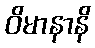
ဝိမာနာနိ